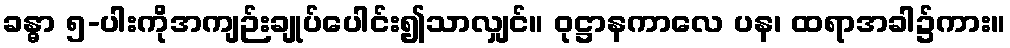
ခန္ဓာ ၅-ပါးကိုအကျဉ်းချုပ်ပေါင်း၍သာလျှင်။ ဝုဋ္ဌာနကာလေ ပန၊ ထရာအခါ၌ကား။